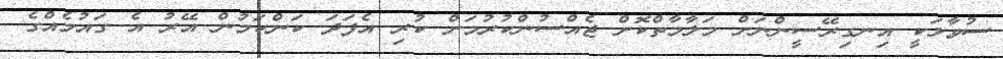
ސުވާލަކީ އިނގިރޭސީންނަށް މަލާމާތްކޮށް ޖެއްސުންކުރުމަށް ކުރި އެފަދަ ކަންކަމުން އޭރު އެ ގައުމެއްގެ